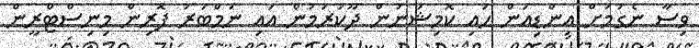
ވިސާ ނެގުމަށް އިންޑިއަން ހައި ކޮމިޝަނުން ދޫކުރަމުން އައި ނަމްބަރު ފޮރިން މިނިސްޓްރީން